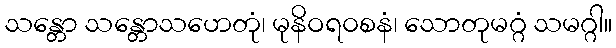
သန္တော သန္တောသဟေတုံ၊ မုနိဝရ၀စနံ၊ သောတုမဂ္ဂံ သမဂ္ဂါ။